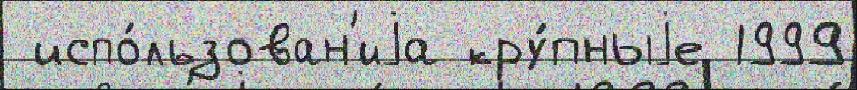
 испо́льзован'иjа кру́пныjе 1999